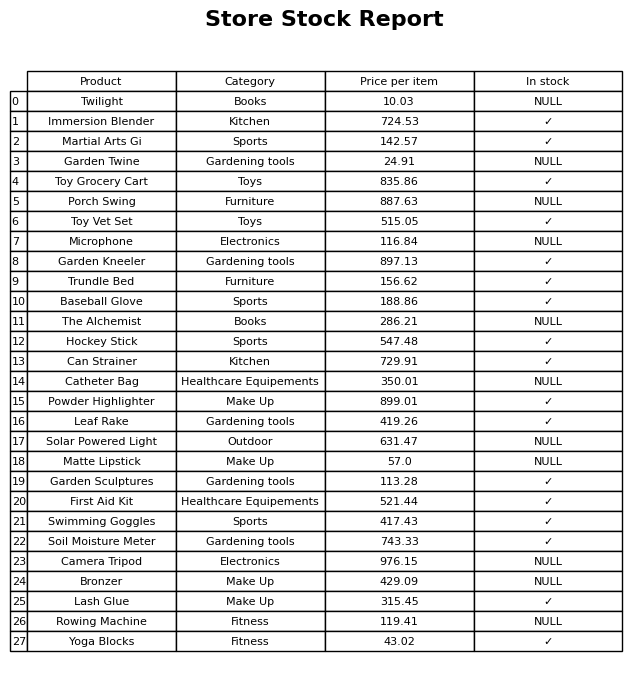
question: What is the price for Powder Highlighter?
answer: The price of Powder Highlighter is 899.01.